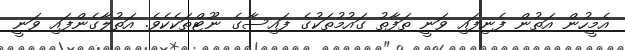
އެމީހުން އަތުން ފެނިފައި ވަނީ ތަފާތު ގައުމުތަކުގެ ފައިސާގެ ނޫޓްތަކެކެވެ. އަތުލާގެންފައި ވަނީ